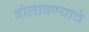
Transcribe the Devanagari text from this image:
बोलावण्याचे